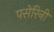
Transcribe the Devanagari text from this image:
पसेरिनी